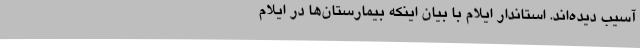
آسیب دیده‌اند. استاندار ایلام با بیان اینکه بیمارستان‌ها در ایلام